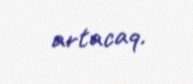
artacaq.